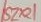
Text: SZR1